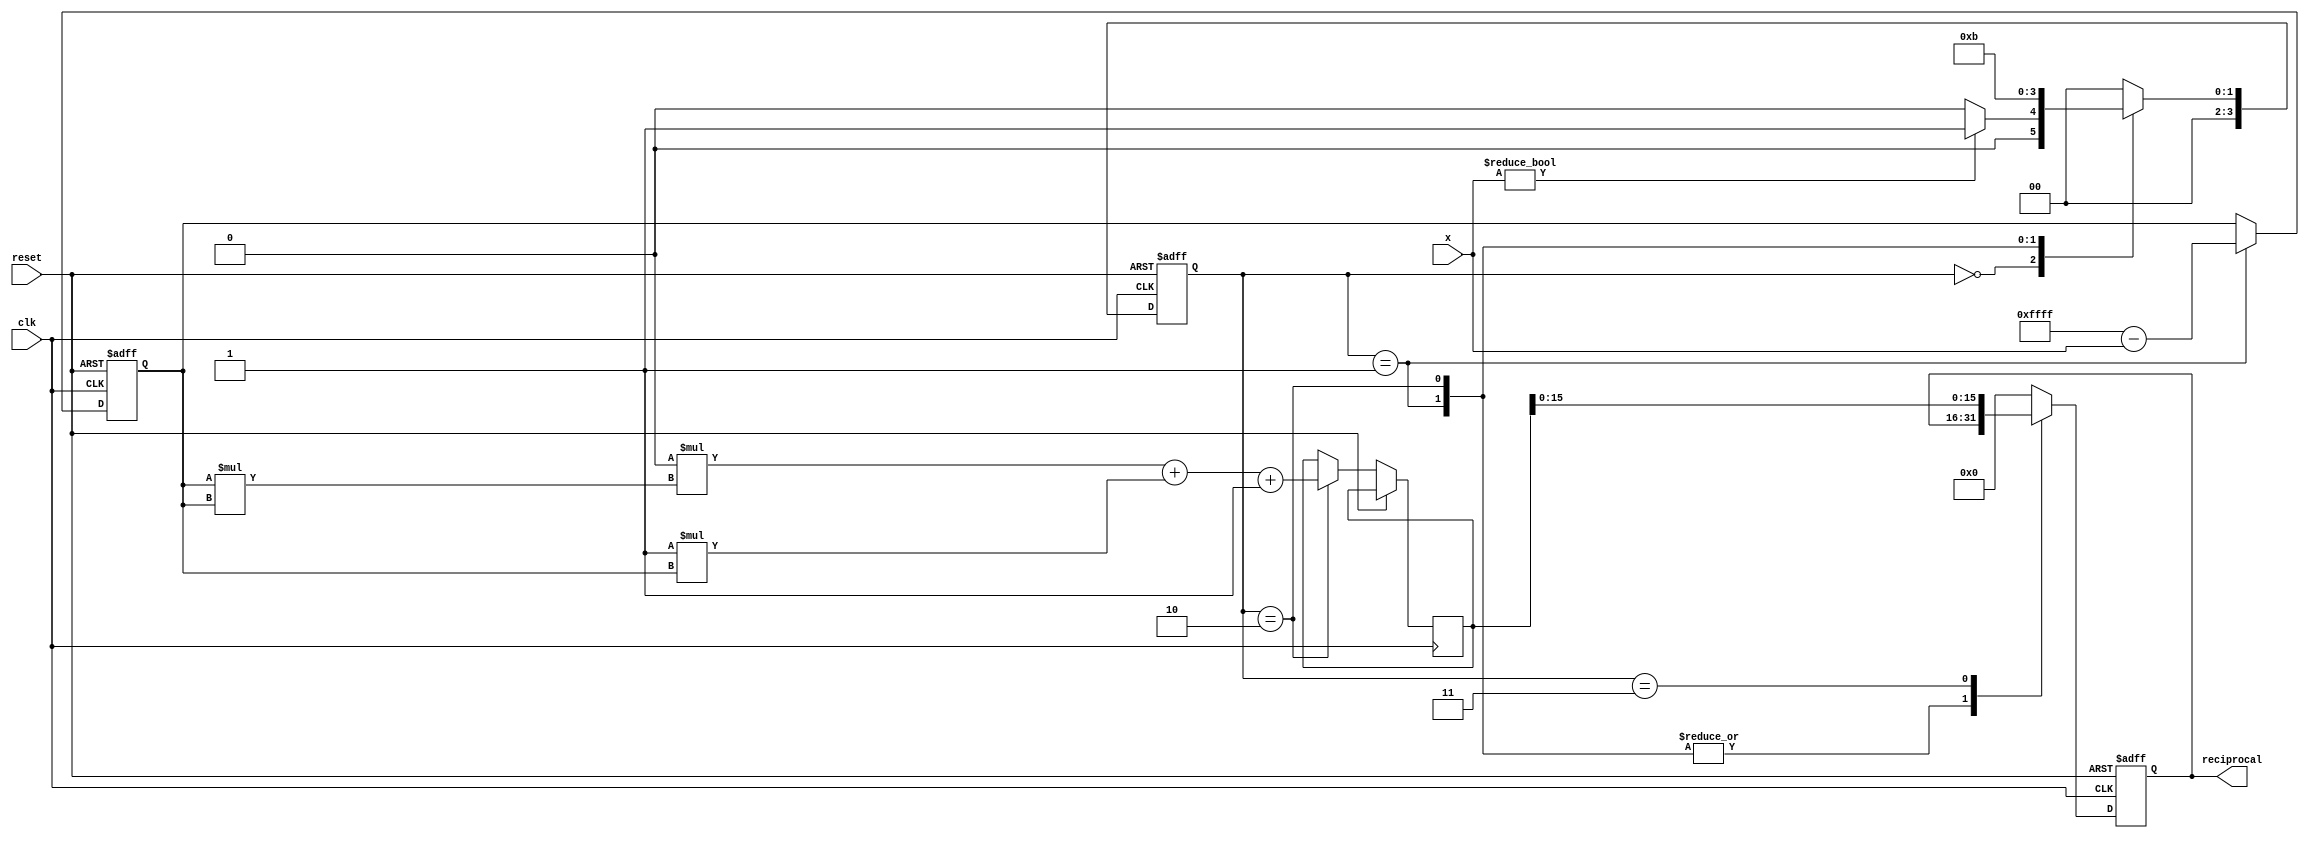
module Polynomial_Reciprocal (
    input  wire [15:0] x,            // Input: 16-bit fixed-point number (0 < x < 1)
    output reg  [15:0] reciprocal,    // Output: 16-bit fixed-point reciprocal
    input  wire clk,
    input  wire reset
);

// Coefficients for polynomial approximation: R(x) = c0 + c1 * x + c2 * x^2
parameter C0 = 16'd1;
parameter C1 = 16'd1; // Adjust these coefficients based on your approximation
parameter C2 = 16'd0; // Example coefficients, can be optimized

reg [15:0] x_scaled;
reg [31:0] p;  // Intermediate polynomial result
reg [3:0] state, next_state;

// FSM States
localparam IDLE      = 4'd0,
           SCALE     = 4'd1,
           CALC_POLY = 4'd2,
           OUTPUT    = 4'd3;

// State register
always @(posedge clk or posedge reset) begin
    if (reset)
        state <= IDLE;
    else
        state <= next_state;
end

// Next state logic
always @(*) begin
    case (state)
        IDLE:       next_state = (x != 0) ? SCALE : IDLE;
        SCALE:      next_state = CALC_POLY;
        CALC_POLY:  next_state = OUTPUT;
        OUTPUT:     next_state = IDLE;
        default:    next_state = IDLE;
    endcase
end

// Sequential logic for polynomial evaluation
always @(posedge clk or posedge reset) begin
    if (reset) begin
        reciprocal <= 16'd0;
        x_scaled <= 16'd0;
    end else begin
        case (state)
            SCALE: begin
                // Scale x if needed, assuming x is in range (0, 1)
                x_scaled <= (16'hFFFF - x); // Example scaling (1-x)
            end
            
            CALC_POLY: begin
                // Polynomial Evaluation using Horner's method
                // R(x) = C2 * x_scaled^2 + C1 * x_scaled + C0
                p = C2 * (x_scaled * x_scaled) + C1 * x_scaled + C0;
            end
            
            OUTPUT: begin
                // Output the computed reciprocal
                reciprocal <= p[15:0]; // Assuming low 16 bits are the result
            end
            
            default: begin
                reciprocal <= 16'd0;
            end
        endcase
    end
end

endmodule